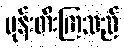
မုန်းတီးကြသည်